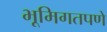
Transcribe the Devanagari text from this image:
भूमिगतपणे